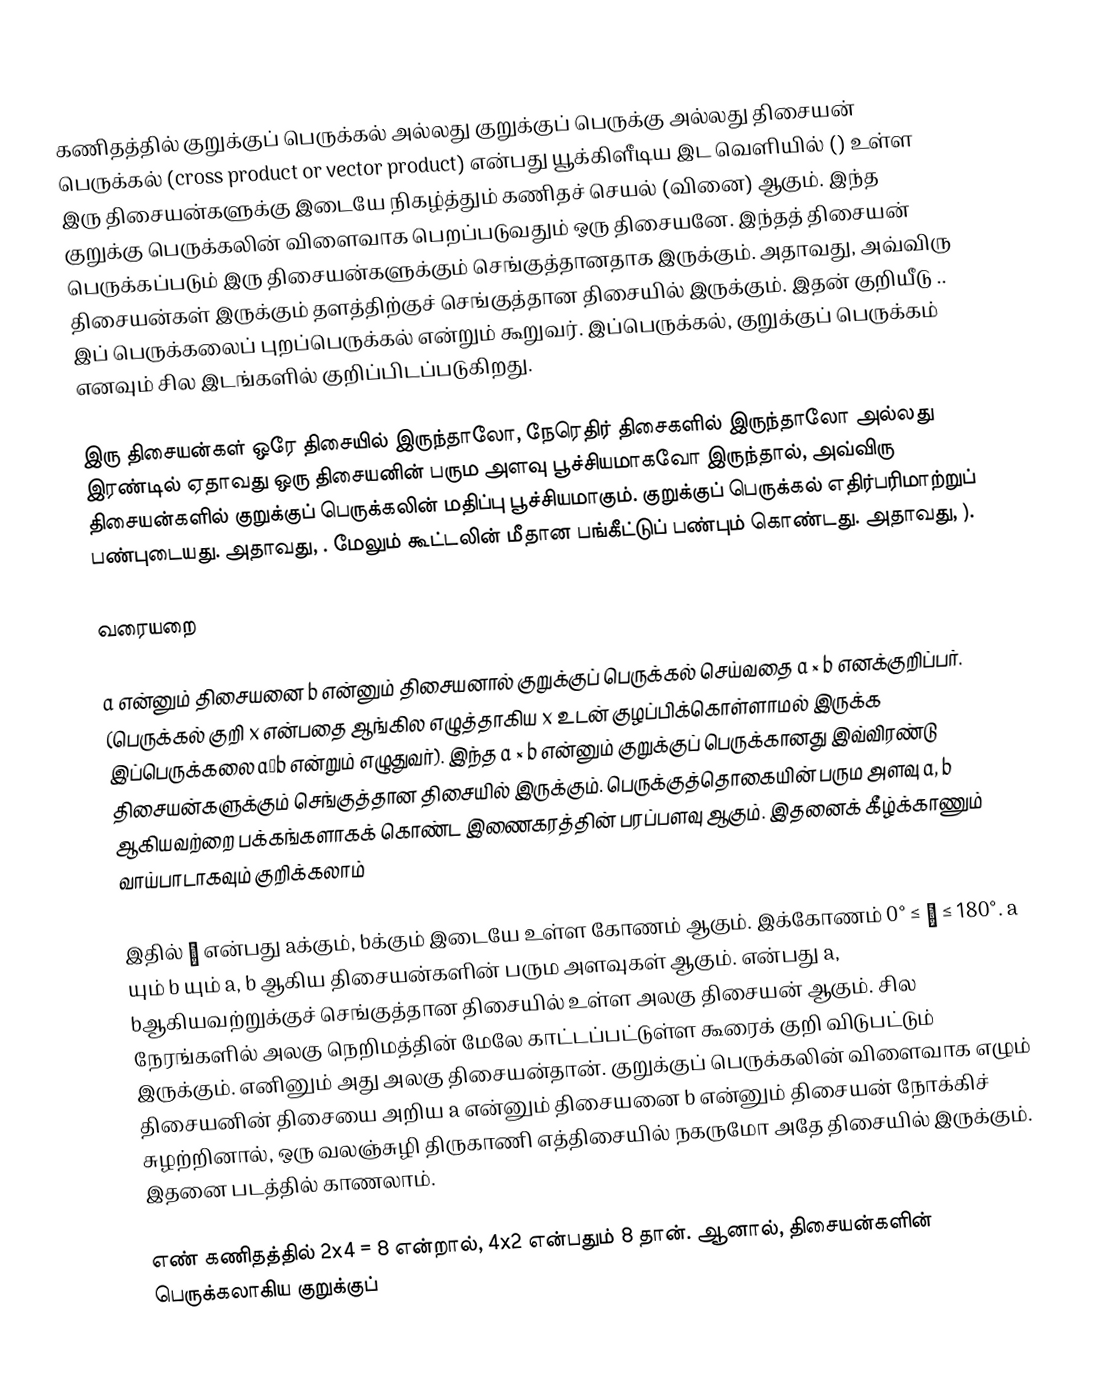
கணிதத்தில் குறுக்குப் பெருக்கல் அல்லது குறுக்குப் பெருக்கு அல்லது திசையன் பெருக்கல் (cross product or vector product) என்பது  யூக்கிளீடிய இட வெளியில் () உள்ள இரு திசையன்களுக்கு இடையே நிகழ்த்தும் கணிதச் செயல் (வினை) ஆகும். இந்த குறுக்கு பெருக்கலின் விளைவாக பெறப்படுவதும் ஒரு திசையனே. இந்தத் திசையன் பெருக்கப்படும் இரு திசையன்களுக்கும் செங்குத்தானதாக இருக்கும். அதாவது, அவ்விரு திசையன்கள் இருக்கும் தளத்திற்குச் செங்குத்தான திசையில் இருக்கும். இதன் குறியீடு .. இப் பெருக்கலைப் புறப்பெருக்கல் என்றும் கூறுவர். இப்பெருக்கல், குறுக்குப் பெருக்கம் எனவும் சில இடங்களில் குறிப்பிடப்படுகிறது.

இரு திசையன்கள் ஒரே திசையில் இருந்தாலோ, நேரெதிர் திசைகளில் இருந்தாலோ அல்லது இரண்டில் ஏதாவது ஒரு திசையனின் பரும அளவு பூச்சியமாகவோ இருந்தால், அவ்விரு திசையன்களில் குறுக்குப் பெருக்கலின் மதிப்பு பூச்சியமாகும். குறுக்குப் பெருக்கல் எதிர்பரிமாற்றுப் பண்புடையது. அதாவது, . மேலும் கூட்டலின் மீதான பங்கீட்டுப் பண்பும் கொண்டது. அதாவது, ).

வரையறை

a என்னும் திசையனை b என்னும் திசையனால் குறுக்குப் பெருக்கல் செய்வதை a × b எனக்குறிப்பர். (பெருக்கல் குறி x என்பதை ஆங்கில எழுத்தாகிய x உடன் குழப்பிக்கொள்ளாமல் இருக்க இப்பெருக்கலை a∧b என்றும் எழுதுவர்). இந்த a × b என்னும் குறுக்குப் பெருக்கானது இவ்விரண்டு திசையன்களுக்கும் செங்குத்தான திசையில் இருக்கும். பெருக்குத்தொகையின் பரும அளவு a, b ஆகியவற்றை பக்கங்களாகக் கொண்ட இணைகரத்தின் பரப்பளவு ஆகும். இதனைக் கீழ்க்காணும் வாய்பாடாகவும் குறிக்கலாம்

இதில்  θ என்பது aக்கும், bக்கும் இடையே உள்ள கோணம் ஆகும். இக்கோணம் 0° ≤ θ ≤ 180°. a யும் b யும் a, b ஆகிய திசையன்களின் பரும அளவுகள் ஆகும்.  என்பது   a, bஆகியவற்றுக்குச் செங்குத்தான திசையில் உள்ள அலகு திசையன் ஆகும். சில நேரங்களில் அலகு நெறிமத்தின் மேலே காட்டப்பட்டுள்ள கூரைக் குறி விடுபட்டும் இருக்கும். எனினும் அது அலகு திசையன்தான். குறுக்குப் பெருக்கலின் விளைவாக எழும் திசையனின் திசையை அறிய a என்னும் திசையனை b என்னும் திசையன் நோக்கிச் சுழற்றினால், ஒரு வலஞ்சுழி திருகாணி எத்திசையில் நகருமோ அதே திசையில் இருக்கும். இதனை படத்தில் காணலாம்.

எண் கணிதத்தில் 2x4 = 8 என்றால், 4x2 என்பதும்  8 தான். ஆனால், திசையன்களின் பெருக்கலாகிய குறுக்குப்